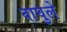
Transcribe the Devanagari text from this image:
वाघुले